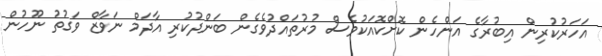
އަހަރުކުރިން އިބުރާގެ އަންހެން ކޮށްކޮއަކުވެސް މުރުތައްދުވެގެން ބަންދުކުރި އާދަމް ނަވާޒް ވަގުތު ނޫހުން